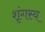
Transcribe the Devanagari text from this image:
शृंगस्य